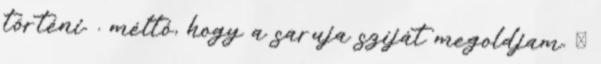
történi. . méltó, hogy a saruja szíját megoldjam. Ő